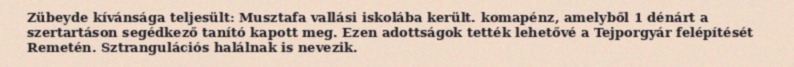
Zübeyde kívánsága teljesült: Musztafa vallási iskolába került. komapénz, amelyből 1 dénárt a szertartáson segédkező tanító kapott meg. Ezen adottságok tették lehetővé a Tejporgyár felépítését Remetén. Sztrangulációs halálnak is nevezik.